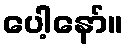
ပေါ့နော်။